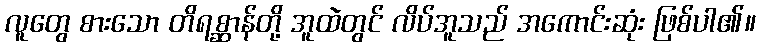
လူတွေ စားသော တိရစ္ဆာန်တို့ အူထဲတွင် လိပ်အူသည် အကောင်းဆုံး ဖြစ်ပါ၏။